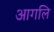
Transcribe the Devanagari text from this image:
आगलि